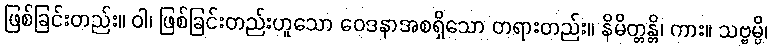
ဖြစ်ခြင်းတည်း။ ဝါ၊ ဖြစ်ခြင်းတည်းဟူသော ဝေဒနာအစရှိသော တရားတည်း။ နိမိတ္တန္တိ၊ ကား။ သဗ္ဗမ္ပိ၊